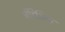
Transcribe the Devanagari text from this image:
जेंटिसिक